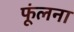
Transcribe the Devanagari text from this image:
फूंलना